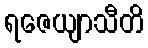
ရဇေယျာသီတိ